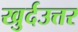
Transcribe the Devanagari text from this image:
खुर्दउत्तर